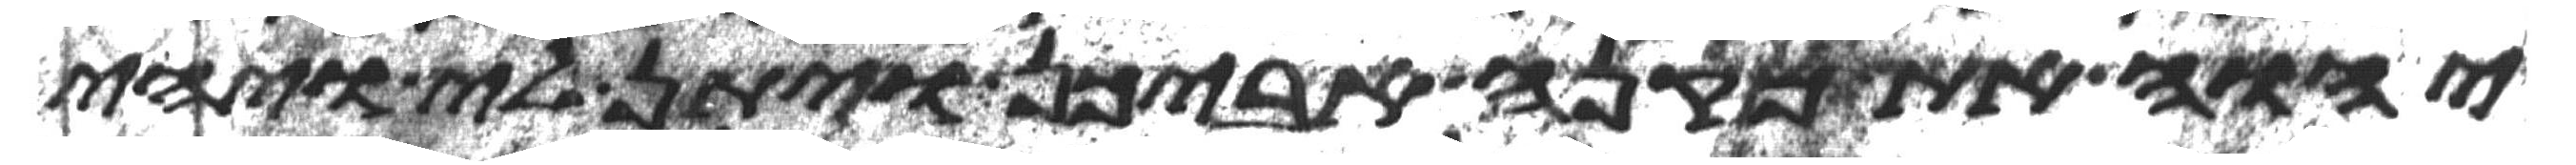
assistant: יהוה את מקנה אביכן ויתן לי ויהי